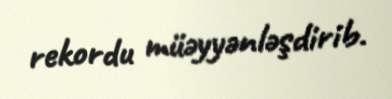
rekordu müəyyənləşdirib.